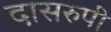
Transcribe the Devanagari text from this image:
दासरुपी